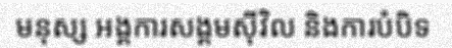
មនុស្ស អង្គការសង្គមស៊ីវិល និងការបំបិទ